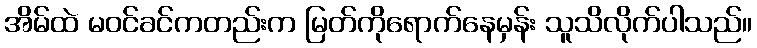
အိမ်ထဲ မဝင်ခင်ကတည်းက မြတ်ကိုရောက်နေမှန်း သူသိလိုက်ပါသည်။